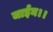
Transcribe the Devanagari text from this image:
जाईन।।